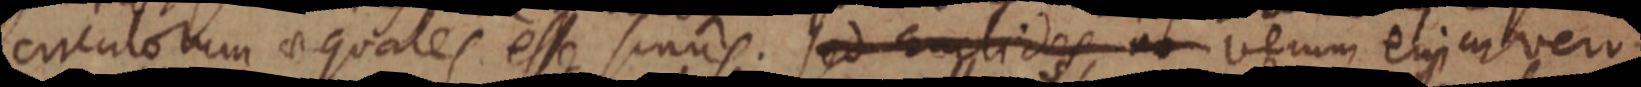
circulorum aequales esse sinus. sed Euclides _ verum erjiarvero